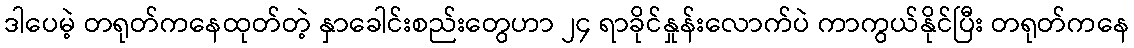
ဒါပေမဲ့ တရုတ်ကနေထုတ်တဲ့ နှာခေါင်းစည်းတွေဟာ ၂၄ ရာခိုင်နှုန်းလောက်ပဲ ကာကွယ်နိုင်ပြီး တရုတ်ကနေ